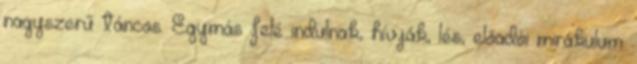
nagyszerű táncos. Egymás felé indulnak, hívják, lés, előadói mirákulum: